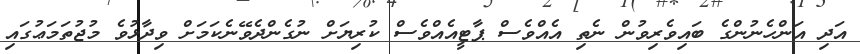
އަދި އަންހެނުންގެ ބައިވެރިވުން ނެތި އެއްވެސް ޕާޓީއެއްވެސް ކުރިޔަށް ނުގެންދެވޭނެކަމަށް ވިދާޅުވެ މުޖުތަމަޢުގައި